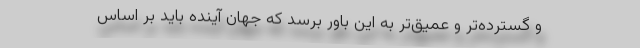
و گسترده‌تر و عمیق‌تر به این باور برسد که جهان آینده باید بر اساس